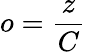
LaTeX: o=\frac{z}{C}